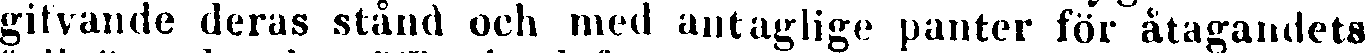
gifvande deras stånd och med antaglige panter för åtagandets